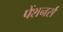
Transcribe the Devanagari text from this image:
पेंशनर्स